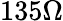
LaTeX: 135\Omega